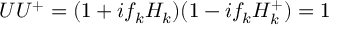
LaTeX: U U ^ { + } = ( 1 + i f _ { k } H _ { k } ) ( 1 - i f _ { k } H _ { k } ^ { + } ) = 1